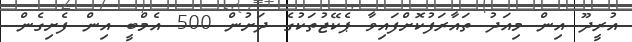
އުރީދޫ އިން މިއަދު ތައާރަފުކޮށްފައިވާ ޕެކޭޖުތަކުގެ ދަށުން 500 އެމްބީ އިން ފެށިގެން